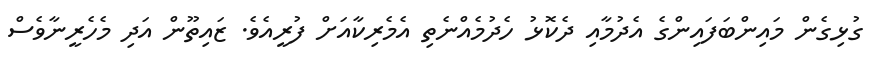
ގުޅިގެން މައިންބަފައިންގެ އެދުމާއި ދެކޮޅު ހެދުމެއްނެތި އެމެރިކާއަށް ފުރީއެވެ. ޒައިތޫން އަދި މެހެރީނާވެސް